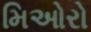
મિઓરો